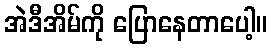
အဲဒီအိမ်ကို ပြောနေတာပေါ့။